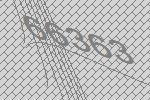
66363